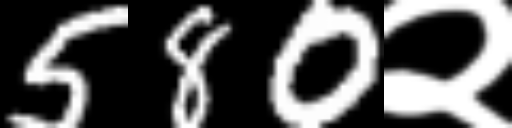
Text: 580२